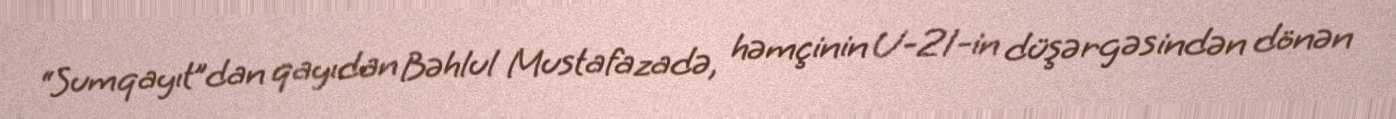
“Sumqayıt”dan qayıdan Bəhlul Mustafazadə, həmçinin U-21-in düşərgəsindən dönən